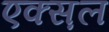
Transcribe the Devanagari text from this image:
एक्स़ल